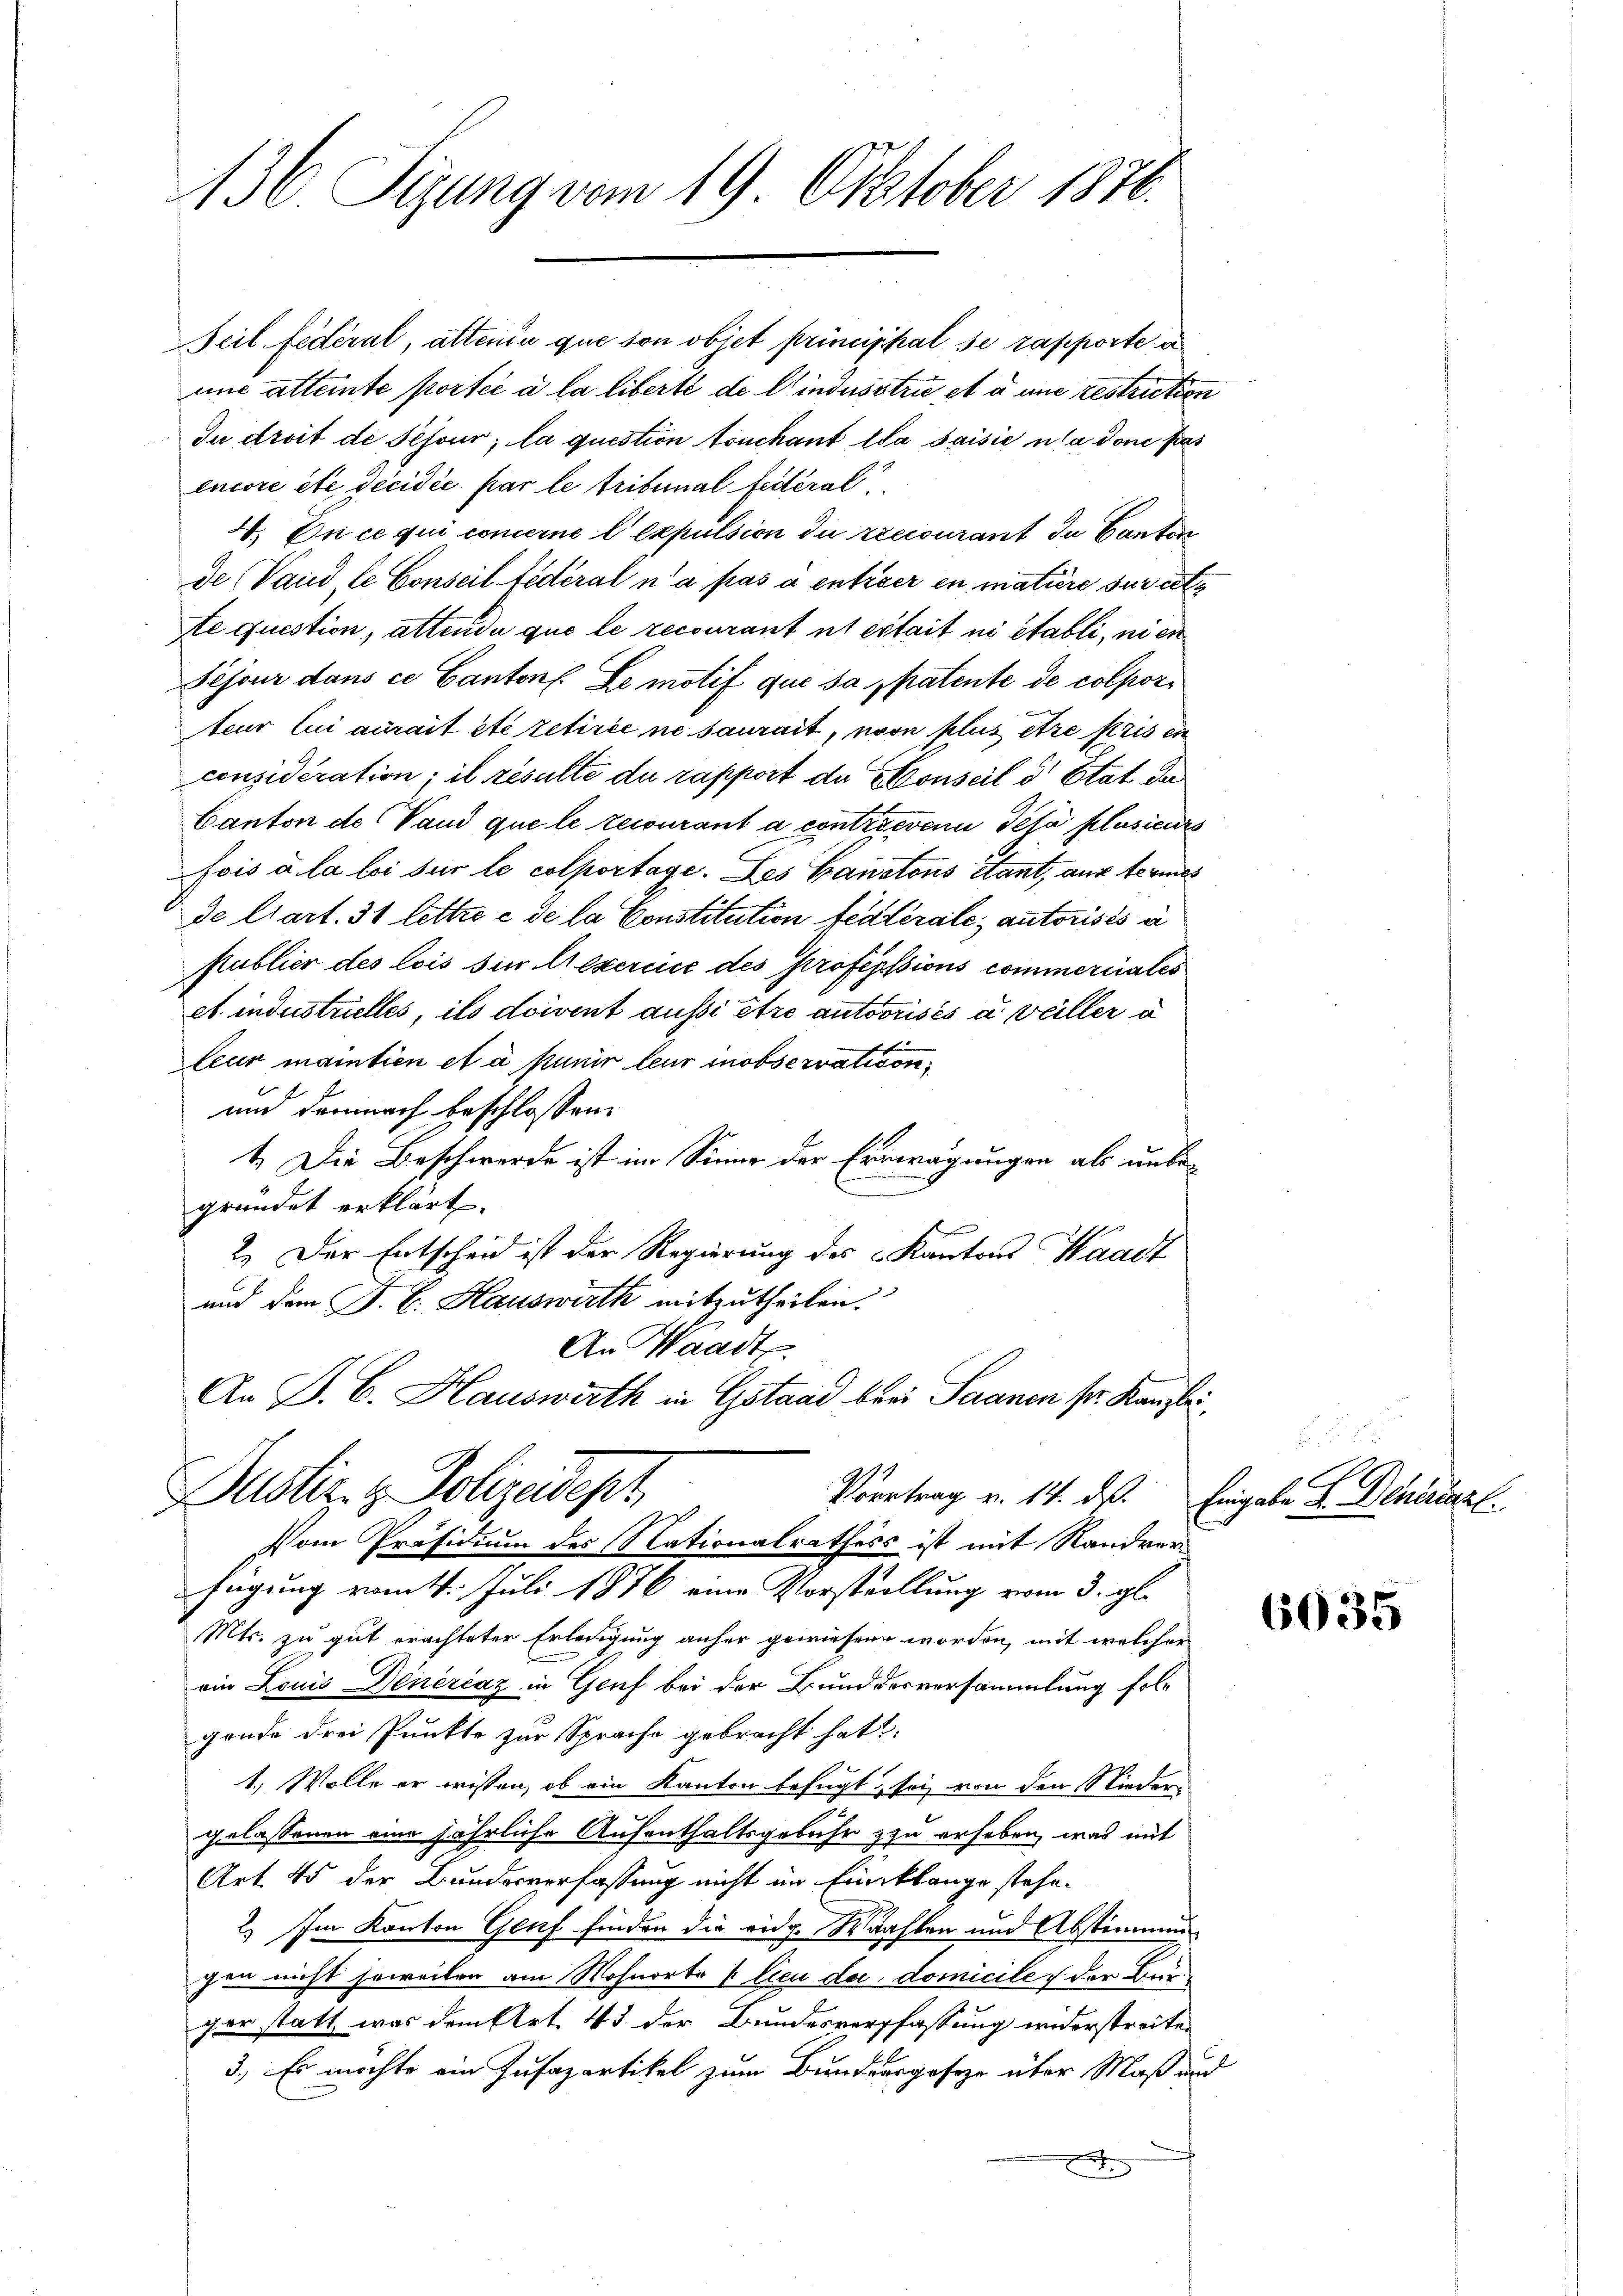
36. Sizung vom 19. Oktober 1876.

Teil fédéral, attenin que son obiet principhal se rapporte a
une alternte portée à la liberté de lindustrie et à une restriction
Iu droit de Pejour, la question ouchant Ida saisie usa done pas
encore etc. decidée par le tribunal fédéral
V. On ce qui concerne lexpulsion du recourant du Canton
de Vaud le Conseil fédéral n’a pas à entiser in mature sur acte
e question, attende que le recourant et ertait ni établi, ni en
Sejour dans ce Cantons. Le motif que sa patente de colporteur lui aurait été retirée ne saurait, von plus être pris en
considération; il resulte du rapport du Conseil d Etat da
Canton de Vaud que le recourant à contrieren Pesa plusieurs
fois a la loi sur le colportage. Das Baustons étant, aux termes
de l’art. 31 lettre e de la Constitution fédérale autorisés à
Publier des lois sur lexercice des professions commerciales
et industrielles, ils doivent aussi être autorisés a veiller a
leur mantien et à punir leur mobservation
und demnach beschlossen:
1. Die Beschwerde ist im Sinne der Erwägungen als unbegründet erklärt.
2. Der Entscheid ist der Regierung des Kantons Waadt
und dem P. C. Hauswirth mitzutheilen
An Waadt.
An P. C. Hauswirth in Gstand bey Saanen pr. Kanzlei

Dustiz- & Polizeidep
Vortrag v. 14. ds. Eingabe L. Denerenzl
Vom Präsidium des Nationalrathess ist mit Randver¬

fügung vom 4. Juli 1876 eine Vorstellung vom 3. gl.
Mts. zu gut erachteter Erledigung anfer gewiesen worden, mit welcher
oin Louis Dinérčaz in Genf bei der Bunddesversammlung fol-
gende drei Punkte zur Sprache gebracht hat
1., Wolle er wissen, ob ein Kanton befugt, sei von den Niedergelassenen eine jährliche Aufenthaltsgebühr zu erheben, was mit
Art. 45 der Bundesverfassung nicht im Einklange stehe.
2) Im Kanton Genf finden die eidg. Wachten und Abstimmunchen nicht soweilen am Wohnorte & Cieu der domicile der Bar
ger statt, was dem Art. 43 der Bundesverpfassung widerstreite
3.) Es möchte ein Jusapartikel zum Bundergesetze über Maß und
x

6035